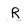
Character: R